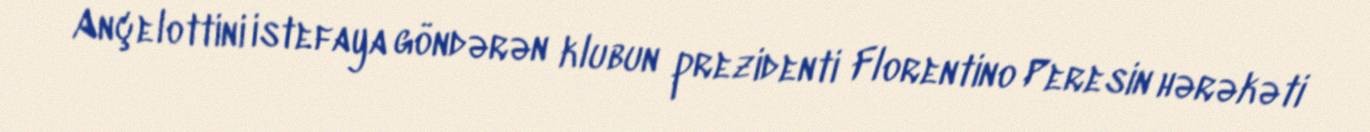
Ançelottini istefaya göndərən klubun prezidenti Florentino Peresin hərəkəti